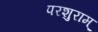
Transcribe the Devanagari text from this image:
परशुराम्